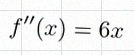
f''(x)=6x